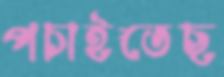
পচাইতেছ